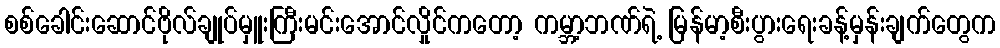
စစ်ခေါင်းဆောင်ဗိုလ်ချုပ်မှူးကြီးမင်းအောင်လှိုင်ကတော့ ကမ္ဘာ့ဘဏ်ရဲ့ မြန်မာ့စီးပွားရေးခန့်မှန်းချက်တွေက